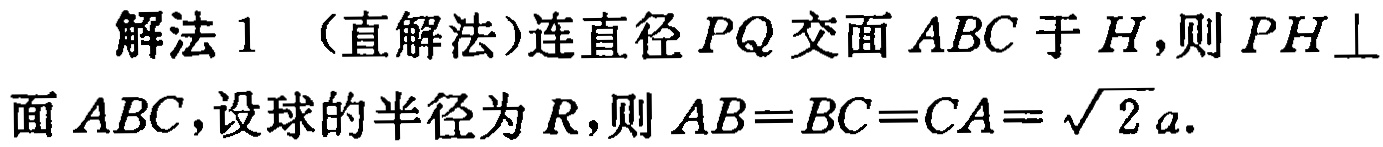
解法 1 （直解法）连直径 \(PQ\) 交面 \(ABC\) 于 \(H\)，则 \(PH\perp\) 面 \(ABC\)，设球的半径为 \(R\)，则 \(AB = BC = CA=\sqrt{2}a\).